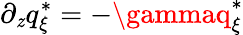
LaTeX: \partial_{\mathit{z}}q_{\xi}^{*}=-\gammaq_{\xi}^{*}